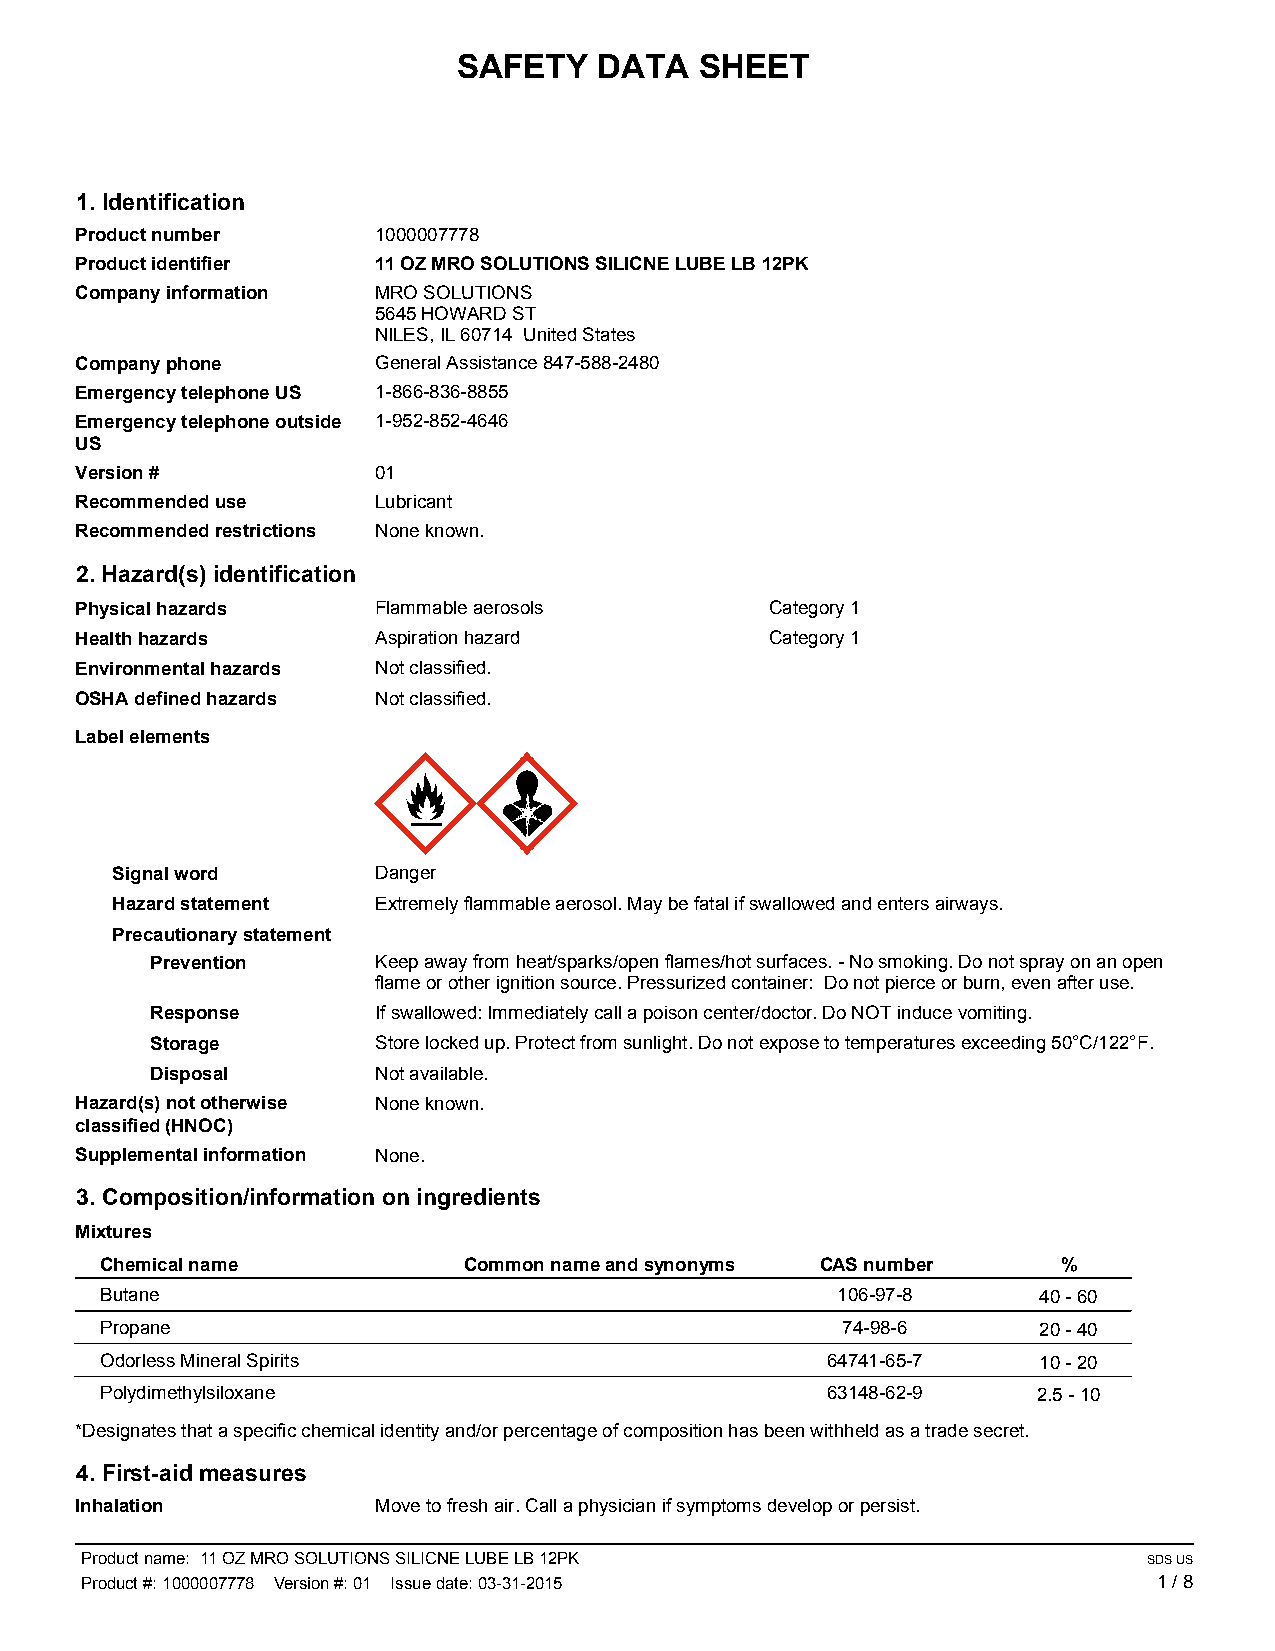
SAFETY    DATA  SHEET
 1. Identification
 Product number      1000007778
 Product identifier  11 OZ MRO SOLUTIONS SILICNE LUBE LB 12PK
 Company information MRO SOLUTIONS
 5645 HOWARD ST
 NILES, IL 60714 United States
 Company phone       General Assistance 847-588-2480
 Emergency telephone US 1-866-836-8855
 Emergency telephone outside 1-952-852-4646
 US
 Version #           01
 Recommended use     Lubricant
 Recommended restrictions None known.
 2. Hazard(s) identification
 Physical hazards    Flammable aerosols        Category 1
 Health hazards      Aspiration hazard         Category 1
 Environmental hazards Not classified.
 OSHA defined hazards Not classified.
 Label elements
 Signal word       Danger
 Hazard statement  Extremely flammable aerosol. May be fatal if swallowed and enters airways.
 Precautionary statement
 Prevention     Keep away from heat/sparks/open flames/hot surfaces. - No smoking. Do not spray on an open
 flame or other ignition source. Pressurized container: Do not pierce or burn, even after use.
 Response       If swallowed: Immediately call a poison center/doctor. Do NOT induce vomiting.
 Storage        Store locked up. Protect from sunlight. Do not expose to temperatures exceeding 50°C/122°F.
 Disposal       Not available.
 Hazard(s) not otherwise None known.
 classified (HNOC)
 Supplemental information None.
 3. Composition/information on ingredients
 Mixtures
 Chemical name           Common name and synonyms CAS number    %
 Butane                                          106-97-8      40 - 60
 Propane                                          74-98-6      20 - 40
 Odorless Mineral Spirits                        64741-65-7    10 - 20
 Polydimethylsiloxane                            63148-62-9    2.5 - 10
 *Designates that a specific chemical identity and/or percentage of composition has been withheld as a trade secret.
 4. First-aid measures
 Inhalation          Move to fresh air. Call a physician if symptoms develop or persist.
 Product name: 11 OZ MRO SOLUTIONS SILICNE LUBE LB 12PK                 SDS US
 Product #: 1000007778 Version #: 01 Issue date: 03-31-2015              1 / 8